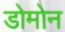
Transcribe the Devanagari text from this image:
डोमोन